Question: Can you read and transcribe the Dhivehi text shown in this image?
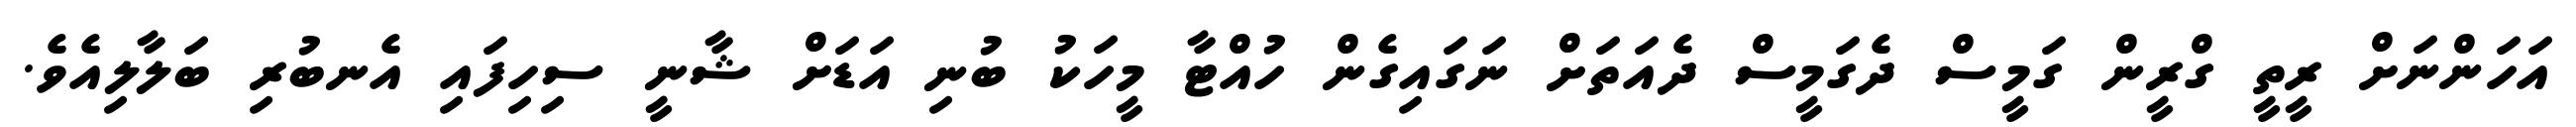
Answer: އަހަންނަށް ރީތީ ގްރީން ގަމީސް ދެގަމީސް ދެއަތަށް ނަގައިގެން ހުއްޓާ މީހަކު ބުނި އަޑަށް ޝާނީ ސިހިފައި އެނބުރި ބަލާލިއެވެ.